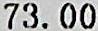
73.00